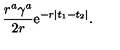
\frac { r ^ { a } \gamma ^ { a } } { 2 r } \mathrm { e } ^ { - r | t _ { 1 } - t _ { 2 } | } .